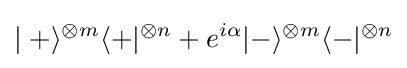
\mid +\rangle ^{\otimes m}\langle +\vert ^{\otimes n}+e^{i\alpha }\vert -\rangle ^{\otimes m}\langle -\vert ^{\otimes n}